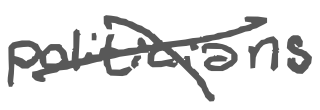
Text: politicians
Cross-out: mix
Writing tool: digital_gray